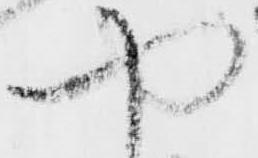
や